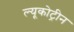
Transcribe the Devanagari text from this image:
ल्यूकोट्रीन